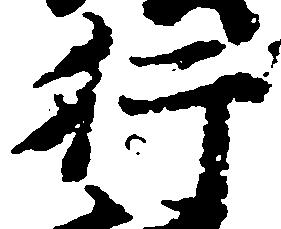
行